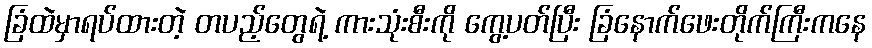
ခြံထဲမှာရပ်ထားတဲ့ တပည့်တွေရဲ့ ကားသုံးစီးကို ကွေ့ပတ်ပြီး ခြံနောက်ဖေးတိုက်ကြီးကနေ